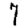
Digit: 7